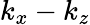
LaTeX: k_{x}-k_{z}